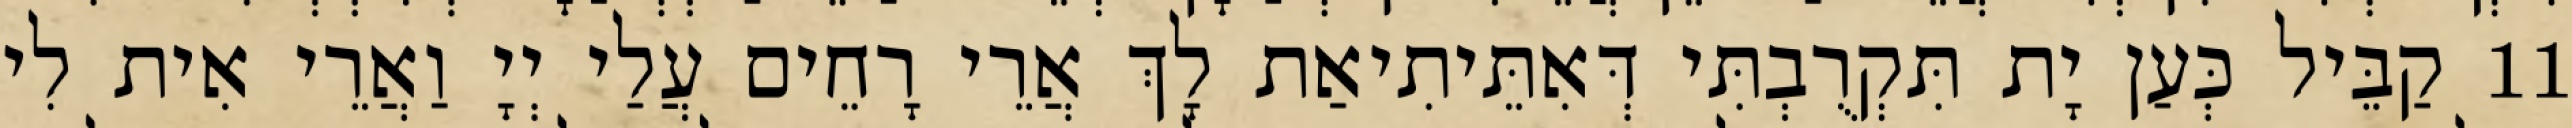
11 קַבֵּיל כְּעַן יָת תִּקְרֻבְתִּי דְּאִתֵּיתִיאַת לָךְ אֲרֵי רָחֵים עֲלַי יְיָ וַאֲרֵי אִית לִי